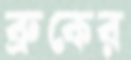
ব্রুকের